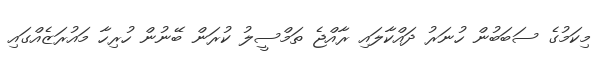
މިކަމުގެ ސަބަބުން ހުނަރު ދައްކާލައި ރާއްޖެ ތަމްސީލު ކުރަން ބޭނުން ހުރިހާ މައުރަޒެއްގައި